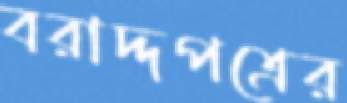
বরাদ্দপত্রের